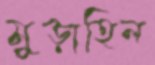
মুড়াহিল